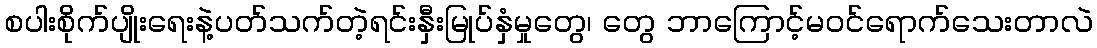
စပါးစိုက်ပျိုးရေးနဲ့ပတ်သက်တဲ့ရင်းနှီးမြုပ်နှံမှုတွေ၊ တွေ ဘာကြောင့်မဝင်ရောက်သေးတာလဲ